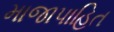
માજાપાહિત